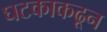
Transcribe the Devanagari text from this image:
घटकाकढून